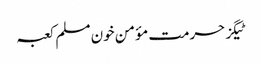
ٹیگزحرمت مؤمن خون مسلم کعبہ